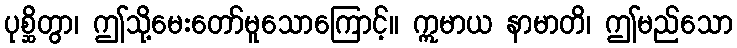
ပုစ္ဆိတွာ၊ ဤသို့မေးတော်မူသောကြောင့်။ ဣမာယ နာမာတိ၊ ဤမည်သော